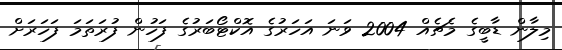
މިލާން ޑާބީގެ މެޗެއް 2004 ވަނަ އަހަރުގެ އޮކްޓޯބަރުގެ ފަހުން ފުރަތަމަ ފަހަރަށް